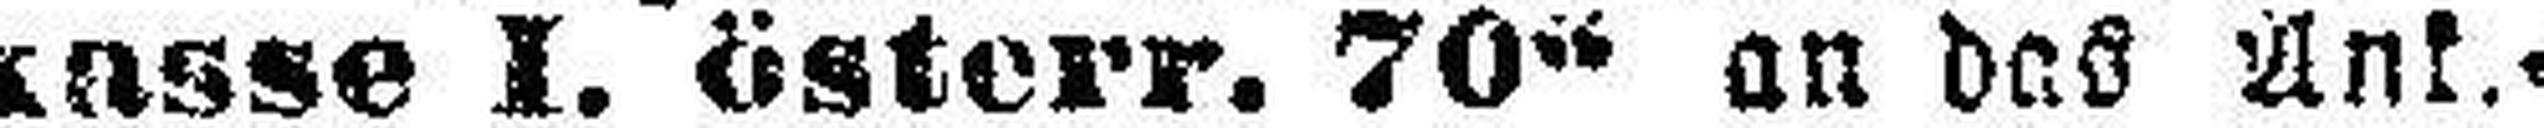
kasse I. österr. 70“ an das Ank.=